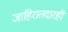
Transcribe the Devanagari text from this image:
जाहिरातदारही